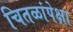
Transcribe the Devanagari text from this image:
चितळांपेक्षा